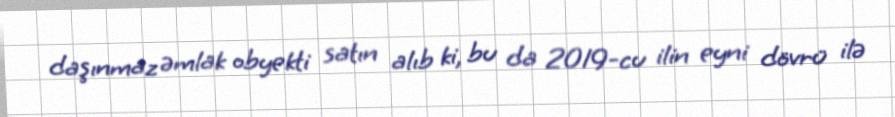
daşınmaz əmlak obyekti satın alıb ki, bu da 2019-cu ilin eyni dövrü ilə